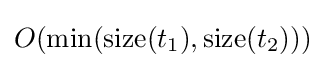
O({\text{min}}({\text{size}}(t_{1}),{\text{size}}(t_{2})))